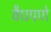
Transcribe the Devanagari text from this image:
वैधपणे